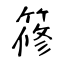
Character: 𥱤